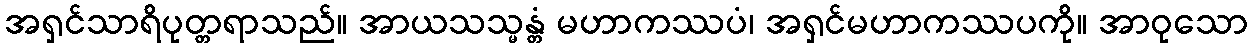
အရှင်သာရိပုတ္တရာသည်။ အာယသသ္မန္တံ မဟာကဿပံ၊ အရှင်မဟာကဿပကို။ အာဝုသော